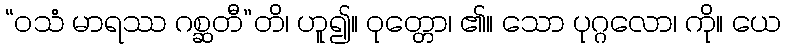
“ဝသံ မာရဿ ဂစ္ဆတီ”တိ၊ ဟူ၍။ ဝုတ္တော၊ ၏။ သော ပုဂ္ဂလော၊ ကို။ ယေ